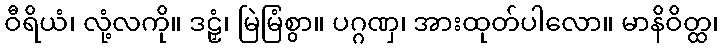
ဝီရိယံ၊ လုံ့လကို။ ဒဠှံ၊ မြဲမြံစွာ။ ပဂ္ဂဏှ၊ အားထုတ်ပါလော။ မာနိဝိတ္ထ၊